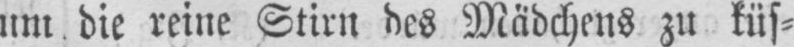
um die reine Stirn des Mädchens zu küs⸗